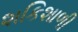
શકિશાળી